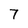
Character: 7